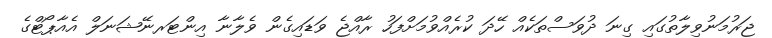
ޖަރުމަނުވިލާތުގައި ގިނަ ދުވަސްތަކެއް ހޭދަ ކުރެއްވުމަށްފަހު ރާއްޖެ ވަޑައިގެން ވެލާނާ އިންޓަރނޭޝަނަލް އެއާޕޯޓްގެ